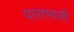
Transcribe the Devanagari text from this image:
पाराभासी